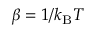
\beta = 1 / k _ { \mathrm { B } } T